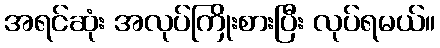
အရင်ဆုံး အလုပ်ကြိုးစားပြီး လုပ်ရမယ်။